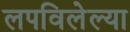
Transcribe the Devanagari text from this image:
लपविलेल्या